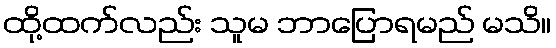
ထို့ထက်လည်း သူမ ဘာပြောရမည် မသိ။